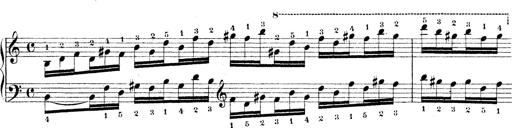
Title: Technische Studien
Composer: Franz Liszt